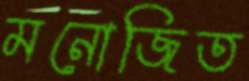
মনোজিত